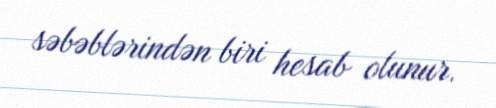
səbəblərindən biri hesab olunur.